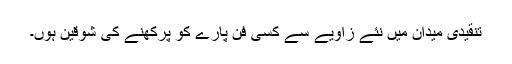
تنقیدی میدان میں نئے زاویے سے کسی فن پارے کو پرکھنے کی شوقین ہوں۔